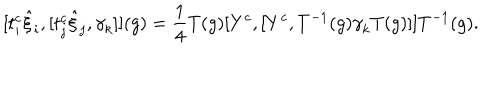
[ t _ { i } ^ { c } { \hat { \xi } } _ { i } , [ t _ { j } ^ { c } { \hat { \xi } } _ { j } , { \gamma } _ { k } ] ] ( g ) = \frac { 1 } { 4 } T ( g ) [ Y ^ { c } , [ Y ^ { c } , T ^ { - 1 } ( g ) { \gamma } _ { k } T ( g ) ] ] T ^ { - 1 } ( g ) .